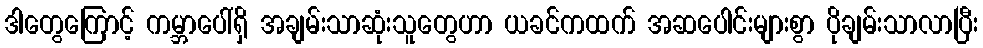
ဒါတွေကြောင့် ကမ္ဘာပေါ်ရှိ အချမ်းသာဆုံးသူတွေဟာ ယခင်ကထက် အဆပေါင်းများစွာ ပိုချမ်းသာလာပြီး